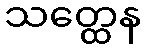
သတ္ထေန